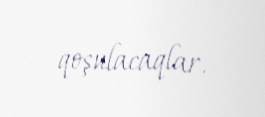
qoşulacaqlar.